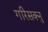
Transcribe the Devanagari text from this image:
गरिसक्नु